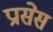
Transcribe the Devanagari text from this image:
प्रासेस